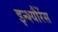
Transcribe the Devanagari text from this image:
इन्श्यौरेंस